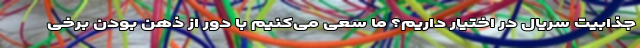
جذابیت سریال در اختیار داریم؟ ما سعی می‌کنیم با دور از ذهن بودن برخی